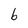
Character: b